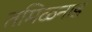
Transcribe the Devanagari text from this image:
तमिळनाड